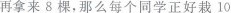
再拿来8棵，那么每个同学正好栽10